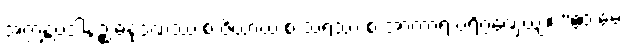
အက္ကန္တပဒါနဉ္စ ဓနုဒဏ္ဍဿ စ ဇိယာယ စ သရဿ စ အာကာရံ ပရိဂ္ဂဏှေယျ။ “ဧဝံ မေ